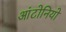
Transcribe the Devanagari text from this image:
आंटोनियो